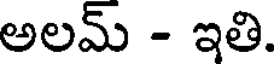
అలమ్ - ఇతి.